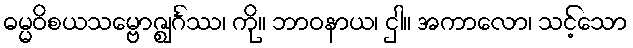
ဓမ္မဝိစယသမ္ဗောဇ္ဈင်္ဂဿ၊ ကို။ ဘာဝနာယ၊ ငှါ။ အကာလော၊ သင့်သော